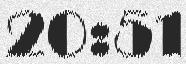
20:51